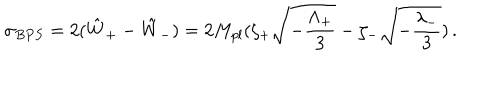
LaTeX: \sigma _ { B P S } = 2 ( { \hat { W } } _ { + } - { \hat { W } } _ { - } ) = 2 M _ { p l } ( \zeta _ { + } \sqrt { - { \frac { \Lambda _ { + } } { 3 } } } - \zeta _ { - } \sqrt { - { \frac { \lambda _ { - } } { 3 } } } ) \, .